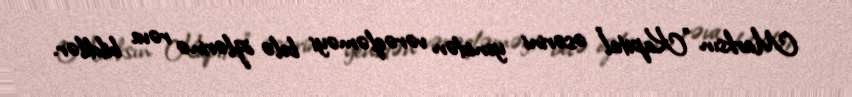
Marksın ”Kapital" əsərini yenidən vərəqləməyi belə özlərinə rəva bildilər.